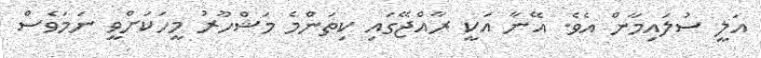
އަލީ ސުލައިމާން އެވެ. އޭނާ އަކީ ރާއްޖޭގައި ކިތަންމެ މަޝްހޫރު މީހަކަށްވީ ނަމަވެސް